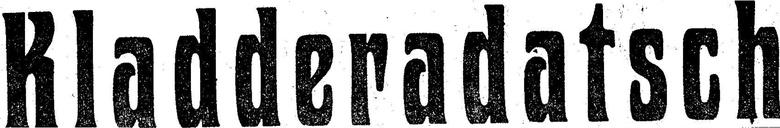
Kladderadatsch